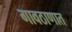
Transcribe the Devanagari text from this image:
गावठाणात